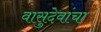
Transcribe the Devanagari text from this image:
वासुदेवांचा